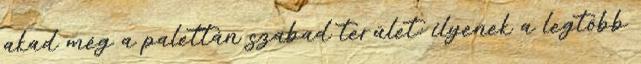
akad még a palettán szabad terület: ilyenek a legtöbb